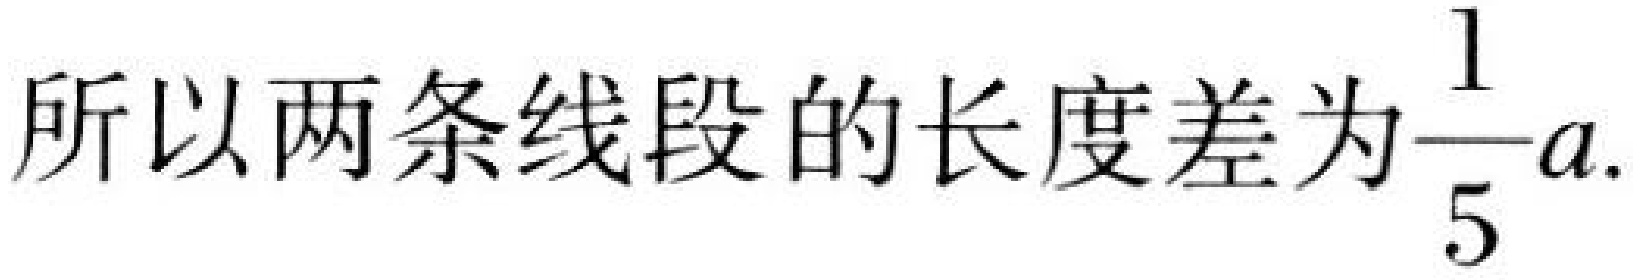
所以两条线段的长度差为\(\dfrac{1}{5}a\).